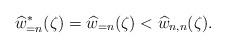
LaTeX: \begin{align*}\widehat{w}_{=n}^{\ast}(\zeta)=\widehat{w}_{=n}(\zeta) < \widehat{w}_{n,n}(\zeta).\end{align*}